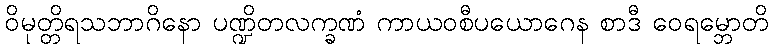
ဝိမုတ္တိရသဘာဂိနော ပဏ္ဍိတလက္ခဏံ ကာယဝစီပယောဂေန စာဒီ ဝေရမ္ဘောတိ